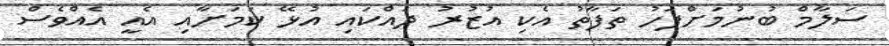
ސަލާމް ބުނުމަށްފަހު ތަފާތު އެކި އުޒުރު ދައްކައި އުޅޭ ކަމަށާއި އެއީ އެއްވެސް